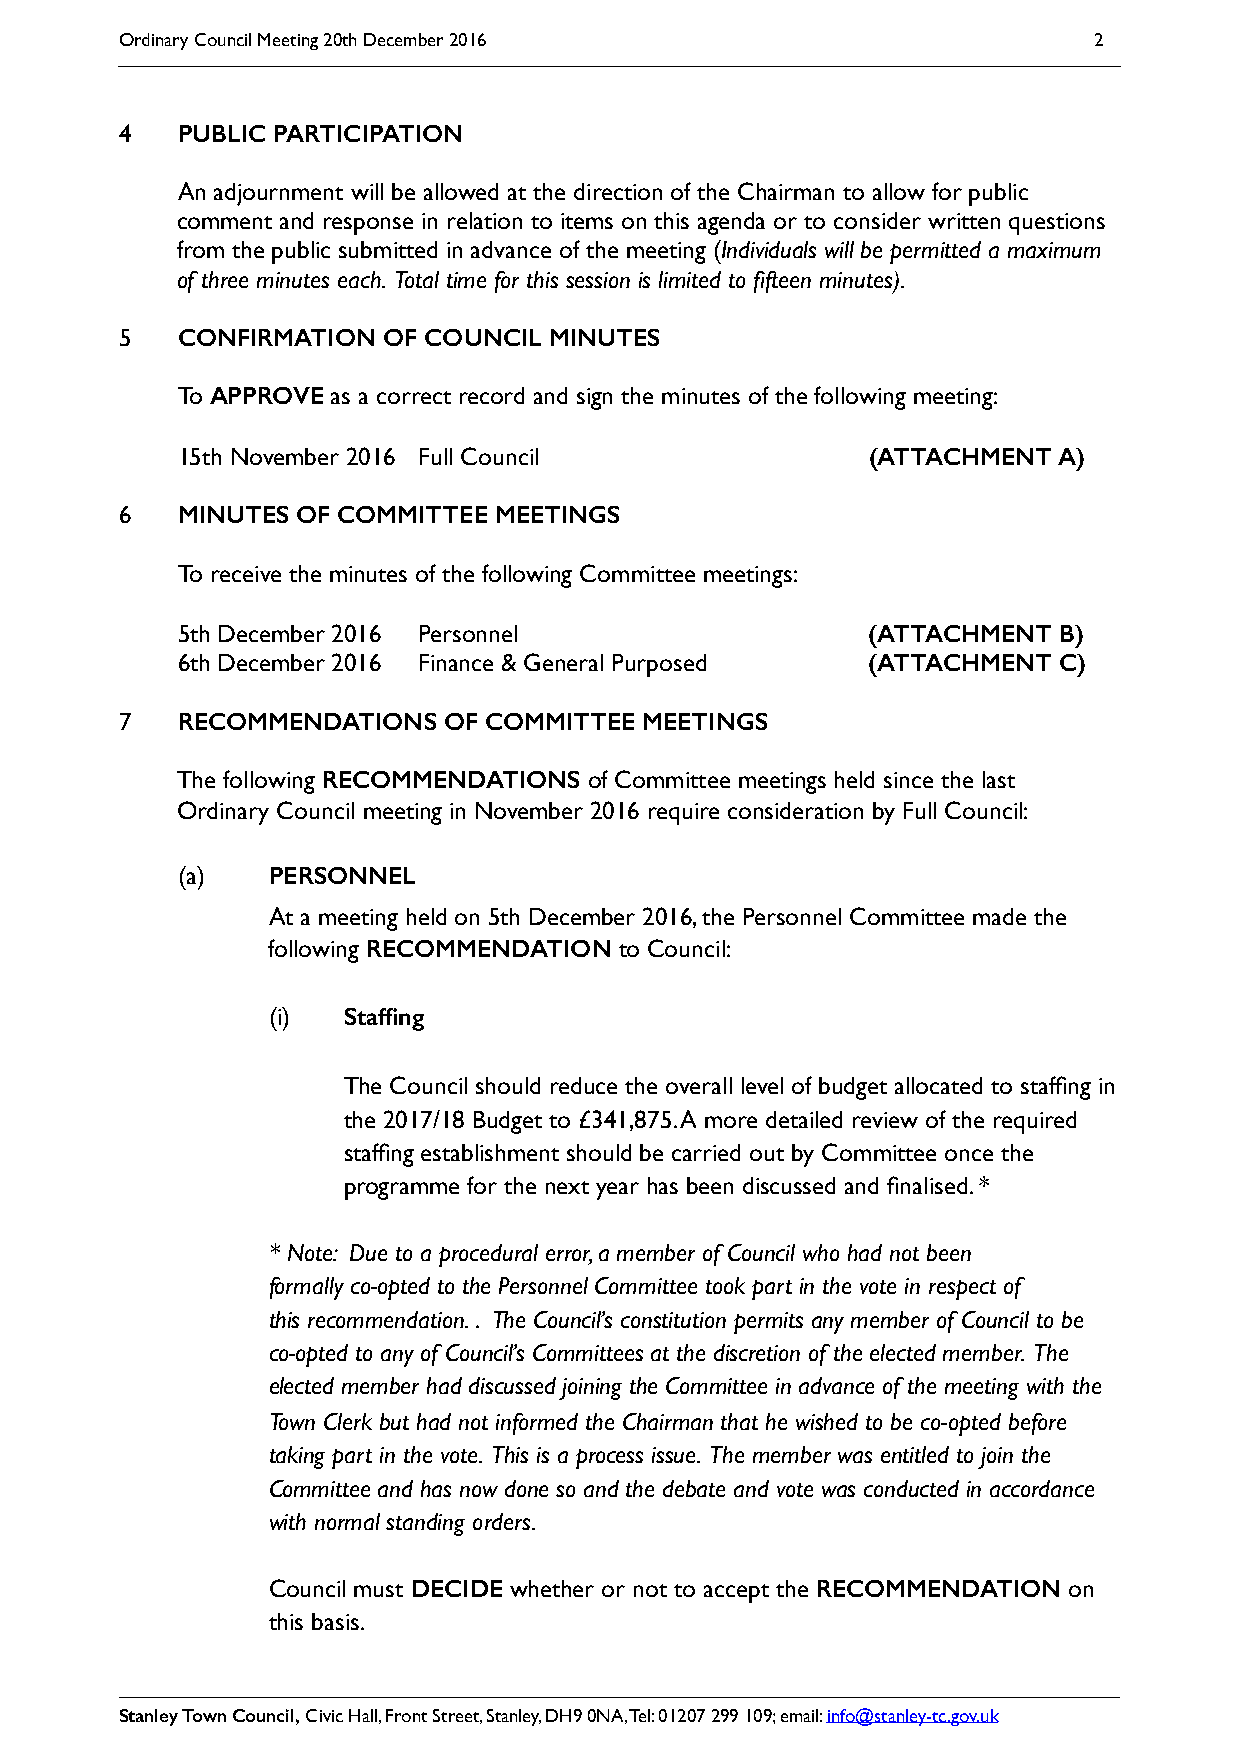
Ordinary Council Meeting 20th December 2016                     2
 4   PUBLIC PARTICIPATION
 An adjournment will be allowed at the direction of the Chairman to allow for public
 comment and response in relation to items on this agenda or to consider written questions
 from the public submitted in advance of the meeting (Individuals will be permitted a maximum
 of three minutes each. Total time for this session is limited to fifteen minutes).
 5   CONFIRMATION OF COUNCIL MINUTES
 To APPROVE as a correct record and sign the minutes of the following meeting:
 15th November 2016 Full Council               (ATTACHMENT A)
 6   MINUTES OF COMMITTEE MEETINGS
 To receive the minutes of the following Committee meetings:
 5th December 2016 Personnel                   (ATTACHMENT B)
 6th December 2016 Finance & General Purposed  (ATTACHMENT C)
 7   RECOMMENDATIONS  OF COMMITTEE  MEETINGS
 The following RECOMMENDATIONS of Committee meetings held since the last
 Ordinary Council meeting in November 2016 require consideration by Full Council:
 (a)   PERSONNEL
 At a meeting held on 5th December 2016, the Personnel Committee made the
 following RECOMMENDATION to Council:
 (i)  Staffing
 The Council should reduce the overall level of budget allocated to staffing in
 the 2017/18 Budget to £341,875. A more detailed review of the required
 staffing establishment should be carried out by Committee once the
 programme for the next year has been discussed and finalised. *
 * Note: Due to a procedural error, a member of Council who had not been
 formally co-opted to the Personnel Committee took part in the vote in respect of
 this recommendation. . The Council’s constitution permits any member of Council to be
 co-opted to any of Council’s Committees at the discretion of the elected member. The
 elected member had discussed joining the Committee in advance of the meeting with the
 Town Clerk but had not informed the Chairman that he wished to be co-opted before
 taking part in the vote. This is a process issue. The member was entitled to join the
 Committee and has now done so and the debate and vote was conducted in accordance
 with normal standing orders.
 Council must DECIDE whether or not to accept the RECOMMENDATION on
 this basis.
 Stanley Town Council, Civic Hall, Front Street, Stanley, DH9 0NA, Tel: 01207 299 109; email: info@stanley-tc.gov.uk